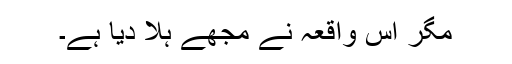
مگر اس واقعہ نے مجھے ہلا دیا ہے۔